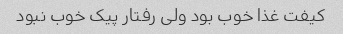
کیفت غذا خوب بود ولی رفتار پیک خوب نبود